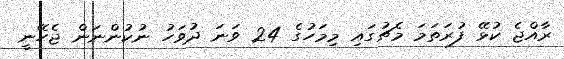
ރާއްޖެ ކުޅޭ ފުރަތަމަ މެޗުގައި މިިމަހުގެ 24 ވަނަ ދުވަހު ނުކުންނަން ޖެހޭނީ